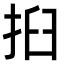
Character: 㧮